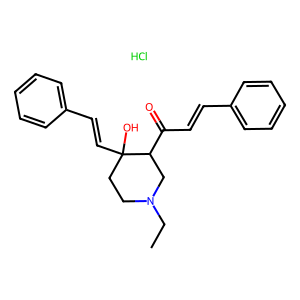
SMILES: CCN1CCC(O)(C=Cc2ccccc2)C(C(=O)C=Cc2ccccc2)C1.Cl
Inhibits HIV replication: No